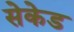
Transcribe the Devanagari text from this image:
सेकेड